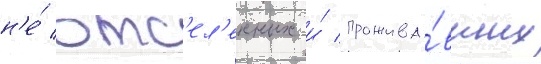
н'е́ отс'ел'енных и́ прожива́вших